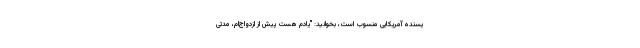
یسنده‌ آمریکایی منسوب است، بخوانید: "یادم هست پیش از ازدواج‌ام، مدتی